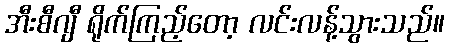
အီးစီဂျီ ရိုက်ကြည့်တော့ လင်းလန့်သွားသည်။